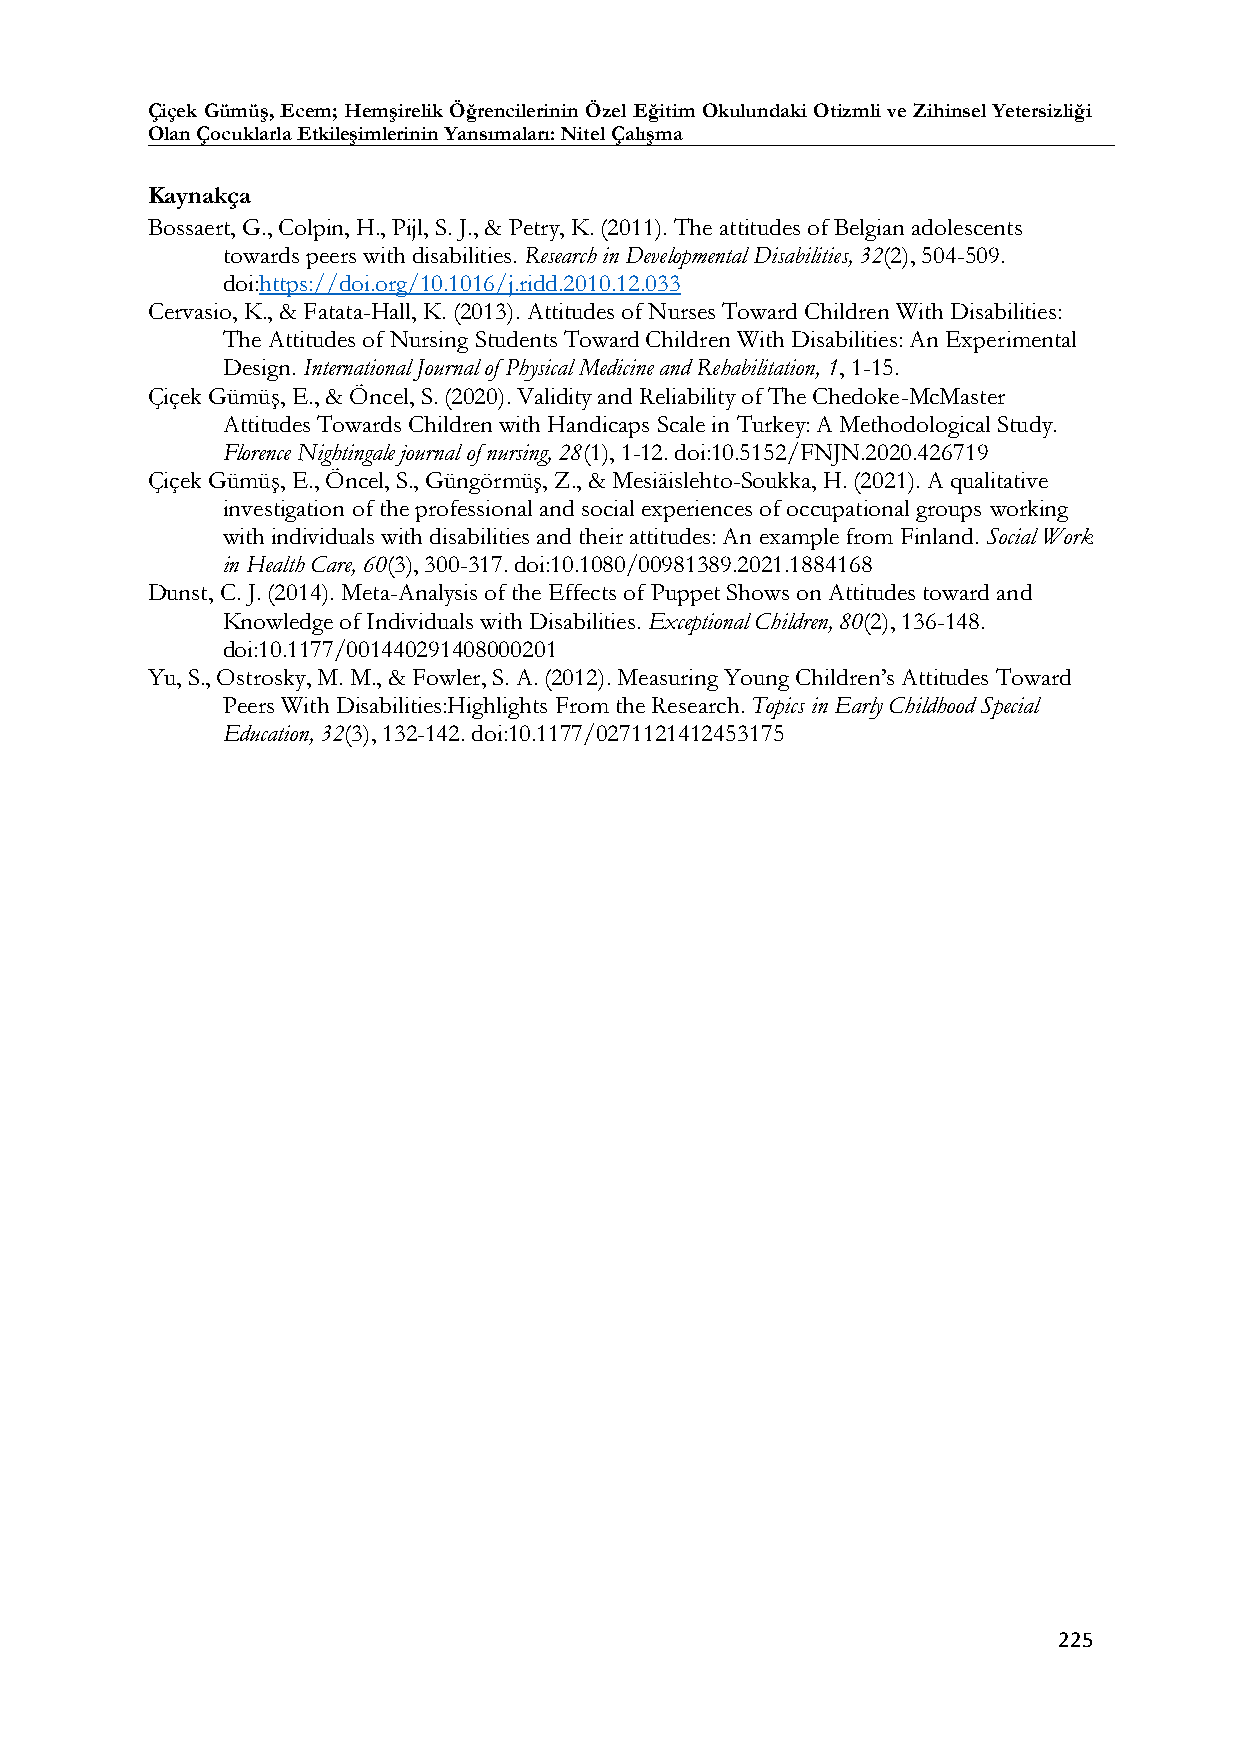
Çiçek Gümüş, Ecem; Hemşirelik Öğrencilerinin Özel Eğitim Okulundaki Otizmli ve Zihinsel Yetersizliği
 Olan Çocuklarla Etkileşimlerinin Yansımaları: Nitel Çalışma
 Kaynakça
 Bossaert, G., Colpin, H., Pijl, S. J., & Petry, K. (2011). The attitudes of Belgian adolescents
 towards peers with disabilities. Research in Developmental Disabilities, 32(2), 504-509.
 doi:https://doi.org/10.1016/j.ridd.2010.12.033
 Cervasio, K., & Fatata-Hall, K. (2013). Attitudes of Nurses Toward Children With Disabilities:
 The Attitudes of Nursing Students Toward Children With Disabilities: An Experimental
 Design. International Journal of Physical Medicine and Rehabilitation, 1, 1-15.
 Çiçek Gümüş, E., & Öncel, S. (2020). Validity and Reliability of The Chedoke-McMaster
 Attitudes Towards Children with Handicaps Scale in Turkey: A Methodological Study.
 Florence Nightingale journal of nursing, 28(1), 1-12. doi:10.5152/FNJN.2020.426719
 Çiçek Gümüş, E., Öncel, S., Güngörmüş, Z., & Mesiäislehto-Soukka, H. (2021). A qualitative
 investigation of the professional and social experiences of occupational groups working
 with individuals with disabilities and their attitudes: An example from Finland. Social Work
 in Health Care, 60(3), 300-317. doi:10.1080/00981389.2021.1884168
 Dunst, C. J. (2014). Meta-Analysis of the Effects of Puppet Shows on Attitudes toward and
 Knowledge of Individuals with Disabilities. Exceptional Children, 80(2), 136-148.
 doi:10.1177/001440291408000201
 Yu, S., Ostrosky, M. M., & Fowler, S. A. (2012). Measuring Young Children’s Attitudes Toward
 Peers With Disabilities:Highlights From the Research. Topics in Early Childhood Special
 Education, 32(3), 132-142. doi:10.1177/0271121412453175
 225